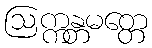
ဩက္ကန္တမတ္တေ